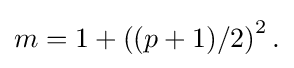
{\textstyle m=1+\left((p+1)/2\right)^{2}.}